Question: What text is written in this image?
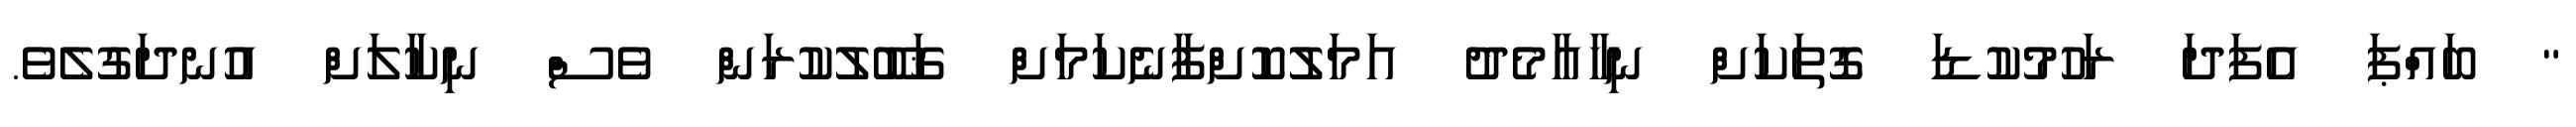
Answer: " ބައްޕަ އެފަދަ ރަހުމުކުޑަ ގޮތަކަށް ނިހާއާމެދު އަމަލުކޮށްފާނެކަމަށް ޤަބޫލުކުރަން ވެސް ނިކާލަށް އުނދަގުލެވެ.